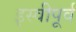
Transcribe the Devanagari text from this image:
इस्वीपूर्व